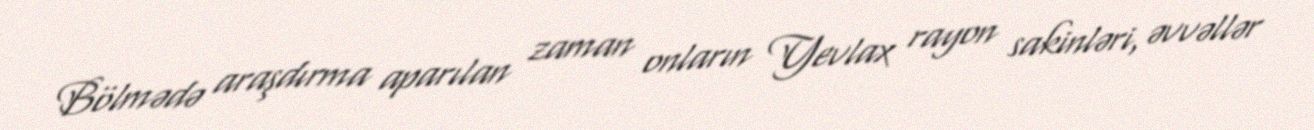
Bölmədə araşdırma aparılan zaman onların Yevlax rayon sakinləri, əvvəllər